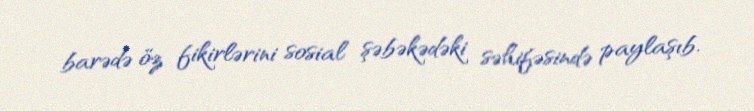
barədə öz fikirlərini sosial şəbəkədəki səhifəsində paylaşıb.